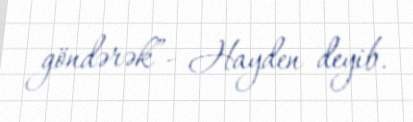
göndərək”- Hayden deyib.